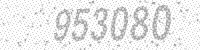
Solution: 953080